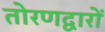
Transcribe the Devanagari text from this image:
तोरणद्वारों